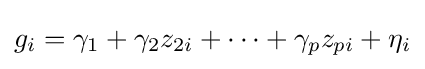
g_{i}=\gamma _{1}+\gamma _{2}z_{2i}+\cdots +\gamma _{p}z_{pi}+\eta _{i}